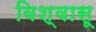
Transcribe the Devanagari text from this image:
विश्‍वासू